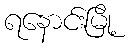
ရနောင်းမြို့